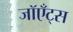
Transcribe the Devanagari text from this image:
जॉएँट्स